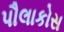
પૌલાકોસ